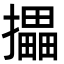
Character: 攂